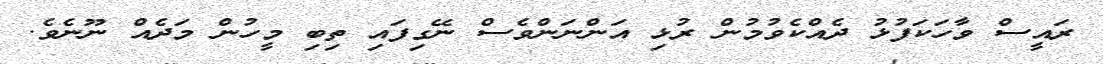
ރައީސް ވާހަކަފުޅު ދެއްކެވުމުން ރުޅި އަންނަންވެސް ނޭގިފައި ތިބި މީހުން މަދެއް ނޫނެވެ.